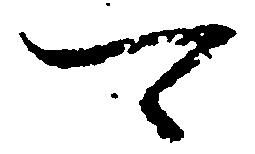
可